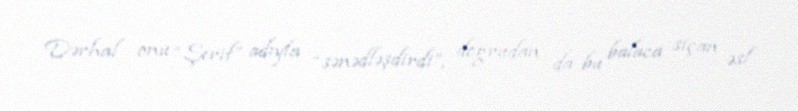
Dərhal onu “Şerif” adıyla “sənədləşdirdi”, doğrudan da bu balaca siçan əsl